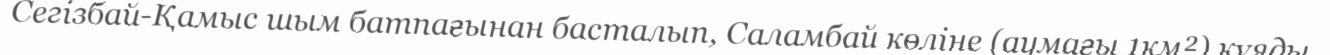
Сегізбай-Қамыс шым батпағынан басталып, Саламбай көліне (аумағы 1км²) құяды.